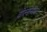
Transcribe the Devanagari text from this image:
वोल्डेमॉर्ट।